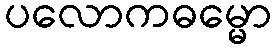
ပလောကဓမ္မော